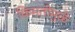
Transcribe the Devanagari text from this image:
किमतीमुळे